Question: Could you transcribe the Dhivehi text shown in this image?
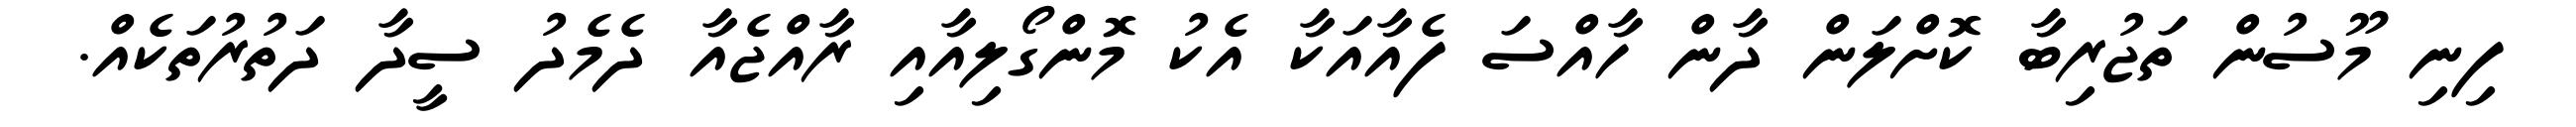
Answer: ފިނި މޫސުން ތަޖުރިބާ ކޮށްލަން ދާން ހާއްސަ ފެއާއަކާ އެކު މޮންގޯލިއާއި ރާއްޖެއާ ދެމެދު ސީދާ ދަތުރުތަކެއް.